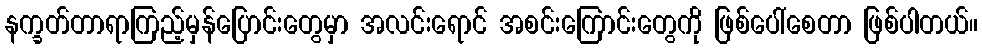
နက္ခတ်တာရာကြည့်မှန်ပြောင်းတွေမှာ အလင်းရောင် အစင်းကြောင်းတွေကို ဖြစ်ပေါ်စေတာ ဖြစ်ပါတယ်။